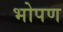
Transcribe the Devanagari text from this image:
भोपण